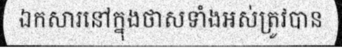
ឯកសារនៅក្នុងថាសទាំងអស់ត្រូវបាន